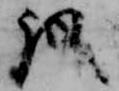
議